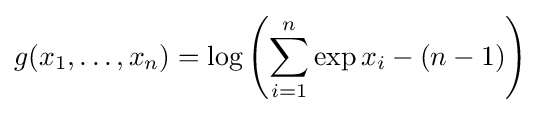
g(x_{1},\ldots ,x_{n})=\log \left(\sum _{i=1}^{n}\exp x_{i}-(n-1)\right)